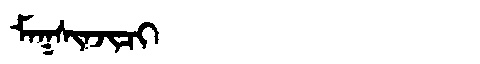
Manchu: ᠮᠠᡴᠰᡳᠨᠵᡳᠴᡳ
Romanization: MAKSINJICI